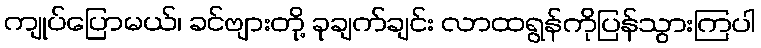
ကျုပ်ပြောမယ်၊ ခင်ဗျားတို့ ခုချက်ချင်း လာထရွန်ကိုပြန်သွားကြပါ